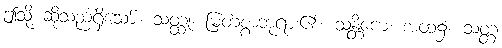
ဤသို့ ဆိုသည်ရှိသော်။ သတ္ထု၊ မြတ်စွာဘုရား၏။ သန္တိကေ၊ အထံ၌။ သတ္တ